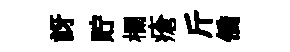
訝貯欄瘡斤僑